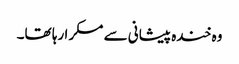
وہ خندہ پیشانی سے مسکرا رہا تھا۔